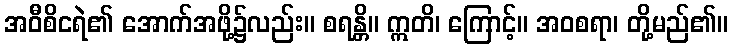
အဝီစိငရဲ၏ အောက်အဖို့၌လည်း။ စရန္တိ။ ဣတိ၊ ကြောင့်။ အဝစရာ၊ တို့မည်၏။